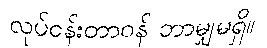
လုပ်ငန်းတာဝန် ဘာမျှမရှိ။